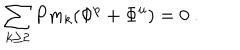
\sum _ { k \ge 2 } P m _ { k } ( \Phi ^ { p } + \Phi ^ { u } ) = 0 \ .